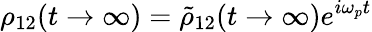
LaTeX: \rho_{12}(t\rightarrow\infty)=\tilde{\rho}_{12}(t\rightarrow\infty)e^{i\omega_{p}t}